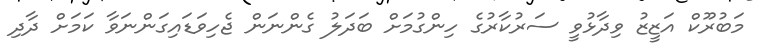
މަބުރޫކް އަޒީޒު ވިދާޅުވީ ސަރުކާރުގެ ހިންގުމަށް ބަދަލު ގެންނަން ޖެހިވަޑައިގަންނަވާ ކަމަށް ދާދި